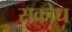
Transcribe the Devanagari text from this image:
सक्रोध